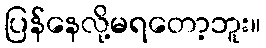
ပြန်နေလို့မရတော့ဘူး။